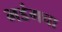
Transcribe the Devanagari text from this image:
भडंगचा